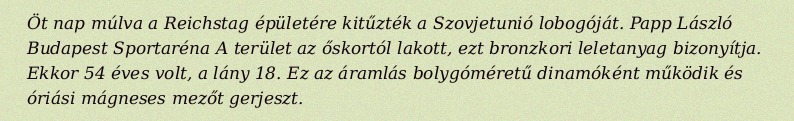
Öt nap múlva a Reichstag épületére kitűzték a Szovjetunió lobogóját. Papp László Budapest Sportaréna A terület az őskortól lakott, ezt bronzkori leletanyag bizonyítja. Ekkor 54 éves volt, a lány 18. Ez az áramlás bolygóméretű dinamóként működik és óriási mágneses mezőt gerjeszt.